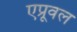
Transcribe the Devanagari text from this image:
एप्रूवल